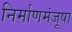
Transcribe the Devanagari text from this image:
निर्माणमंजूषा